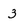
Character: 3